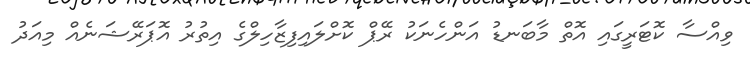
ވިއްސާ ކޮޓަރީގައި އޮތް މާބަނޑު އަންހެނަކު ރޭޕް ކޮށްލައިފިޒާހިލްގެ އިތުރު އޮޕަރޭޝަނެއް މިއަދު